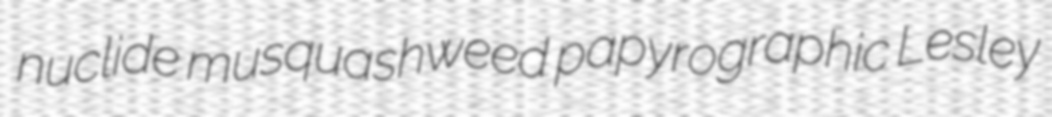
nuclide musquashweed papyrographic Lesley